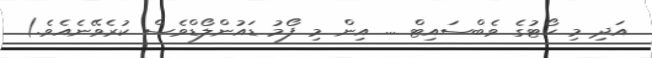
އަދި މި ކޯޓުގެ ވެބްސައިޓް ... އިން މި ފޯމު ޑައުންލޯޑްވެސް ކުރެވޭނެއެވެ.)